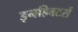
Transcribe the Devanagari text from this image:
इनहिबटर्स